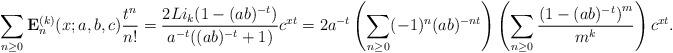
LaTeX: \begin{align*}\sum_{n\ge0}\mathbf{E}^{(k)}_n(x;a,b,c)\frac{t^n}{n!}=\frac{2Li_k(1-(ab)^{-t})}{a^{-t}((ab)^{-t}+1)}c^{xt}=2a^{-t}\left(\sum_{n\ge0}(-1)^n(ab)^{-nt}\right)\left(\sum_{n\ge0}\frac{\left(1-(ab)^{-t}\right)^m}{m^k}\right)c^{xt}.\end{align*}